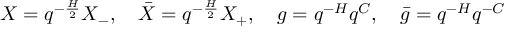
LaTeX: X = q ^ { - { \frac { H } { 2 } } } X _ { - } , \quad \bar { X } = q ^ { - { \frac { H } { 2 } } } X _ { + } , \quad g = q ^ { - H } q ^ { C } , \quad \bar { g } = q ^ { - H } q ^ { { - C } }